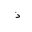
Letter: _thal